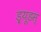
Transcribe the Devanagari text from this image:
ड्र्यूडस्